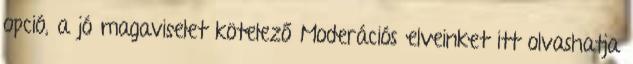
opció, a jó magaviselet kötelező Moderációs elveinket itt olvashatja